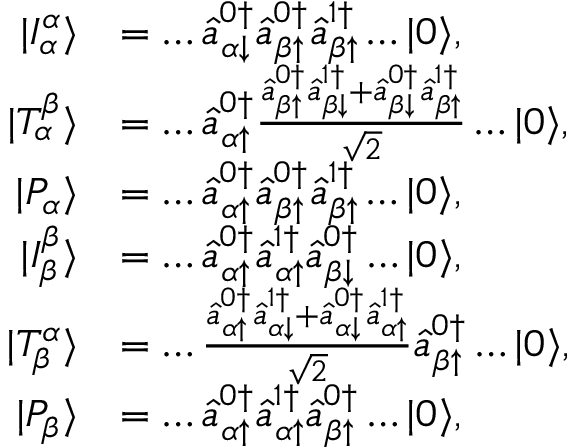
\begin{array} { r l } { | I _ { \alpha } ^ { \alpha } \rangle } & { = \dots \hat { a } _ { \alpha \downarrow } ^ { 0 \dagger } \hat { a } _ { \beta \uparrow } ^ { 0 \dagger } \hat { a } _ { \beta \uparrow } ^ { 1 \dagger } \dots | 0 \rangle , } \\ { | T _ { \alpha } ^ { \beta } \rangle } & { = \dots \hat { a } _ { \alpha \uparrow } ^ { 0 \dagger } \frac { \hat { a } _ { \beta \uparrow } ^ { 0 \dagger } \hat { a } _ { \beta \downarrow } ^ { 1 \dagger } + \hat { a } _ { \beta \downarrow } ^ { 0 \dagger } \hat { a } _ { \beta \uparrow } ^ { 1 \dagger } } { \sqrt { 2 } } \dots | 0 \rangle , } \\ { | P _ { \alpha } \rangle } & { = \dots \hat { a } _ { \alpha \uparrow } ^ { 0 \dagger } \hat { a } _ { \beta \uparrow } ^ { 0 \dagger } \hat { a } _ { \beta \uparrow } ^ { 1 \dagger } \dots | 0 \rangle , } \\ { | I _ { \beta } ^ { \beta } \rangle } & { = \dots \hat { a } _ { \alpha \uparrow } ^ { 0 \dagger } \hat { a } _ { \alpha \uparrow } ^ { 1 \dagger } \hat { a } _ { \beta \downarrow } ^ { 0 \dagger } \dots | 0 \rangle , } \\ { | T _ { \beta } ^ { \alpha } \rangle } & { = \dots \frac { \hat { a } _ { \alpha \uparrow } ^ { 0 \dagger } \hat { a } _ { \alpha \downarrow } ^ { 1 \dagger } + \hat { a } _ { \alpha \downarrow } ^ { 0 \dagger } \hat { a } _ { \alpha \uparrow } ^ { 1 \dagger } } { \sqrt { 2 } } \hat { a } _ { \beta \uparrow } ^ { 0 \dagger } \dots | 0 \rangle , } \\ { | P _ { \beta } \rangle } & { = \dots \hat { a } _ { \alpha \uparrow } ^ { 0 \dagger } \hat { a } _ { \alpha \uparrow } ^ { 1 \dagger } \hat { a } _ { \beta \uparrow } ^ { 0 \dagger } \dots | 0 \rangle , } \end{array}